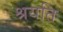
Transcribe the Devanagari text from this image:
श्रयति